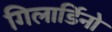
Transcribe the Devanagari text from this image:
गिलार्डिनो